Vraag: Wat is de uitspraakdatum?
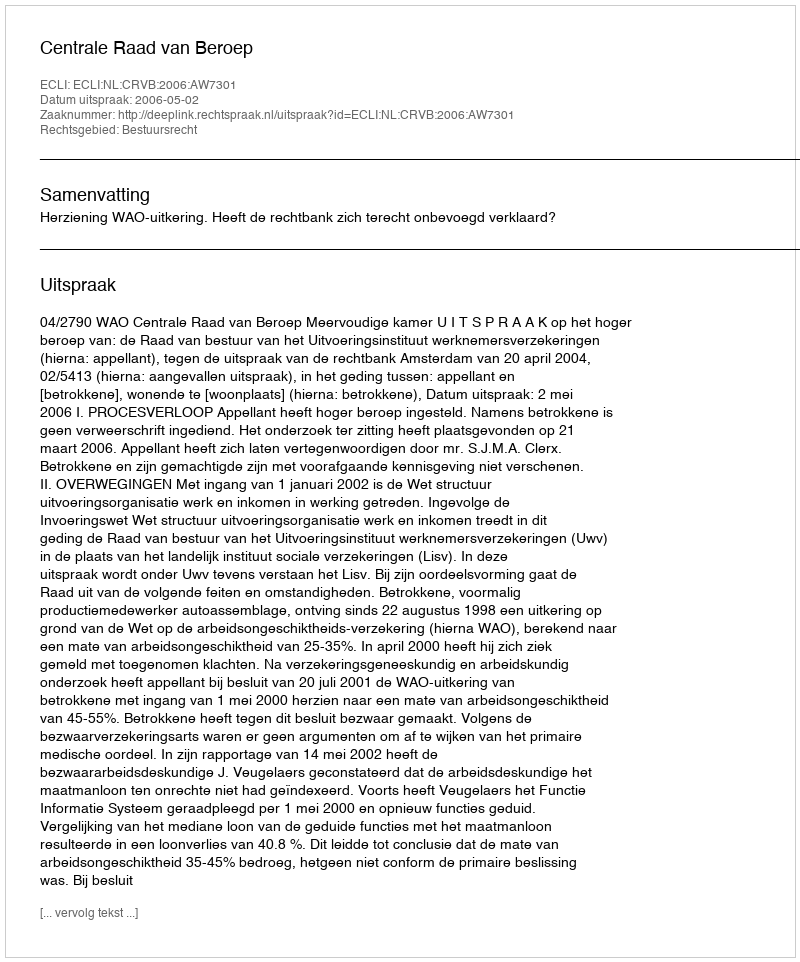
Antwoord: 2006-05-02